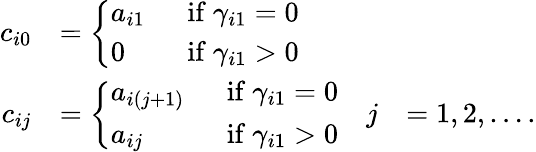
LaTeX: \begin{array}{rlrl}{c_{i0}}&{=\left\{ \begin{array}{ll}{a_{i1}\ \ }&{\mathrm{if}\ \gamma_{i1}=0}\\ {0\ \ }&{\mathrm{if}\ \gamma_{i1}>0}\end{array}\right.}\\ {c_{ij}}&{=\left\{ \begin{array}{ll}{a_{i(j+1)}\ \ }&{\mathrm{if}\ \gamma_{i1}=0}\\ {a_{ij}\ \ }&{\mathrm{if}\ \gamma_{i1}>0}\end{array}\right.}&{j}&{=1,2,\ldots.}\end{array}